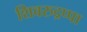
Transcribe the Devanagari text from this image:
शिवरुद्रप्पा